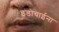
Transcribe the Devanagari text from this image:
इंडोचाईना